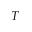
T